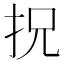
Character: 拀